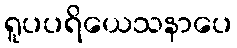
ရူပပရိယေသနာပေ